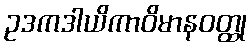
ဥဒကဒါယိကာဝိမာနဝတ္ထု